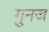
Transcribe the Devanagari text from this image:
गुनज